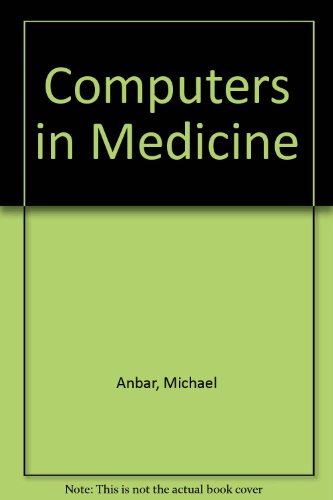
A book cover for Computers in Medicine (Applications of computer science series); Michael Anbar; Medical Books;